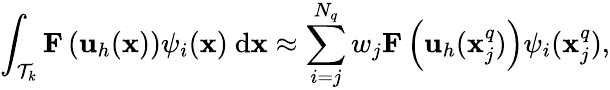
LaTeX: \int_{\mathcal T_{k}}\mathbf{F}\left(\mathbf{u}_{h}(\mathbf{x})\right){\psi}_{i}(\mathbf{x})\ \mathrm{d}\mathbf{x}\approx\sum_{i=j}^{N_{q}}w_{j}\mathbf{F}\left(\mathbf{u}_{h}(\mathbf{x}_{j}^{q})\right){\psi}_{i}(\mathbf{x}_{j}^{q}),